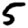
Digit: 5